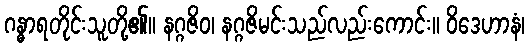
ဂန္ဓာရတိုင်းသူတို့၏။ နဂ္ဂဇိဝ၊ နဂ္ဂဇိမင်းသည်လည်းကောင်း။ ဝိဒေဟာနံ၊